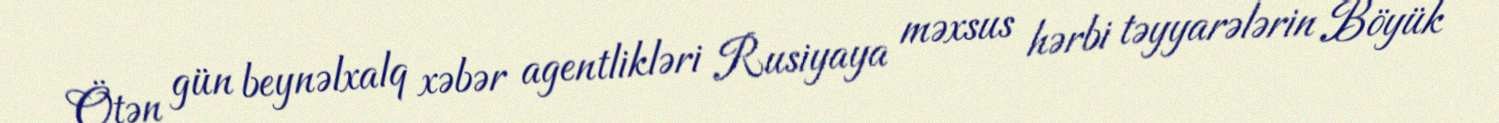
Ötən gün beynəlxalq xəbər agentlikləri Rusiyaya məxsus hərbi təyyarələrin Böyük